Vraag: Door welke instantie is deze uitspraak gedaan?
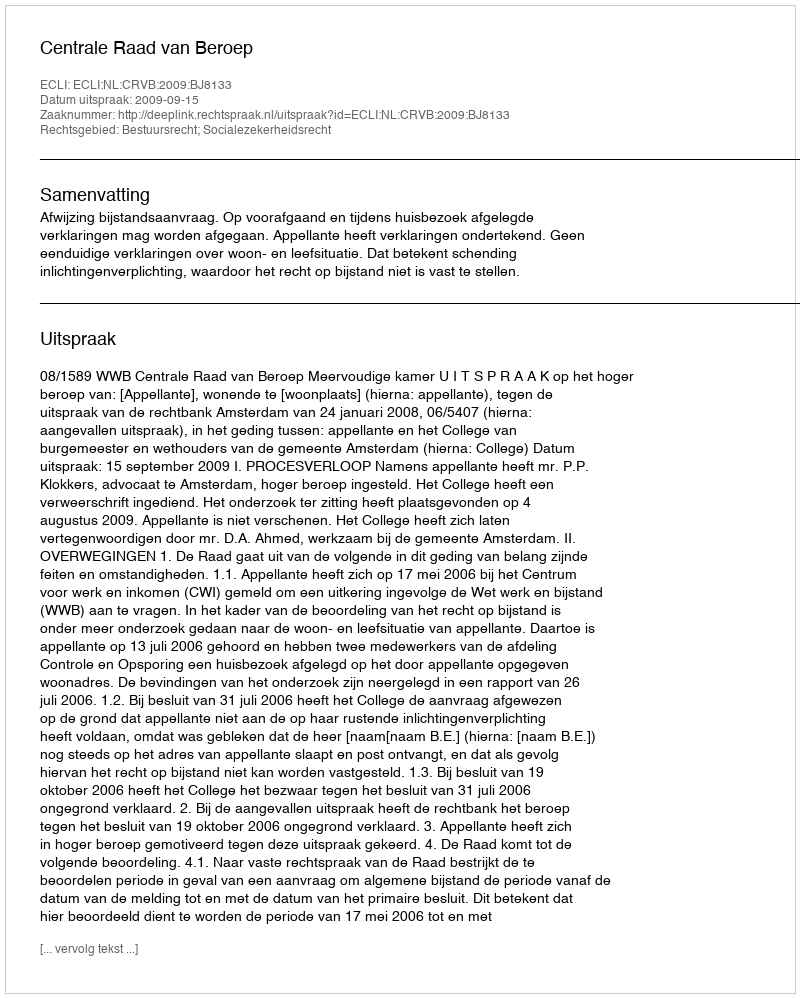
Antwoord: Centrale Raad van Beroep